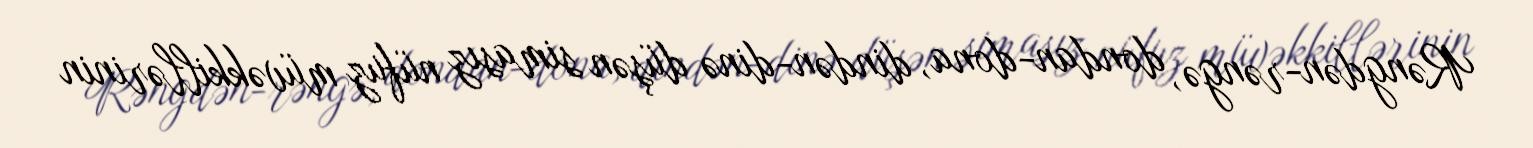
Rəngdən-rəngə, dondan-dona, dindən-dinə düşən simasız nüfuz müvəkkillərinin